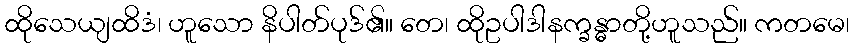
ထိုသေယျထိဒံ၊ ဟူသော နိပါတ်ပုဒ်၏။ တေ၊ ထိုဥပါဒါနက္ခန္ဓာတို့ဟူသည်။ ကတမေ၊